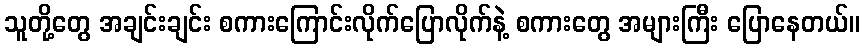
သူတို့တွေ အချင်းချင်း စကားကြောင်းလိုက်ပြောလိုက်နဲ့ စကားတွေ အများကြီး ပြောနေတယ်။